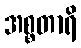
အစ္စတာရိ